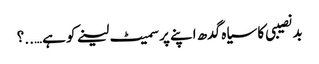
بد نصیبی کا سیاہ گدھ اپنے پر سمیٹ لینے کو ہے…..؟